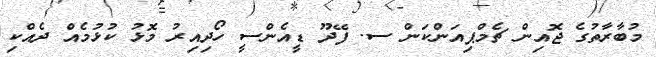
މުބާރާތުގެ ޖޮއިން ޗެމްޕިއަންކަން ސ. ފޭދޫ ޑީއެންސީ ހޯދިއިރު މޮޅު ކުޅުމެއް ދެއްކި